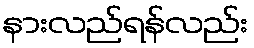
နားလည်ရန်လည်း